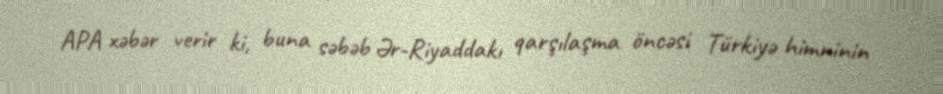
APA xəbər verir ki, buna səbəb Ər-Riyaddakı qarşılaşma öncəsi Türkiyə himninin